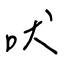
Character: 吠